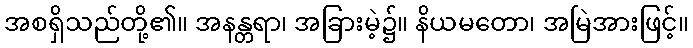
အစရှိသည်တို့၏။ အနန္တရာ၊ အခြားမဲ့၌။ နိယမတော၊ အမြဲအားဖြင့်။